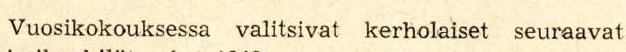
Vuosikokouksessa valitsivat kerholaiset seuraavat